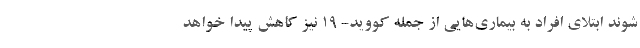
شوند ابتلای افراد به بیماری‌هایی از جمله کووید- ۱۹ نیز کاهش پیدا خواهد